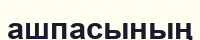
ашпасының